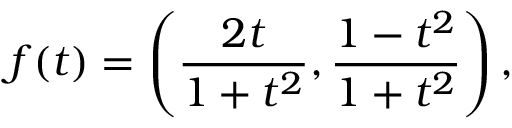
f ( t ) = \left( { \frac { 2 t } { 1 + t ^ { 2 } } } , { \frac { 1 - t ^ { 2 } } { 1 + t ^ { 2 } } } \right) ,